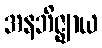
အနဘိဇ္ဈာယ